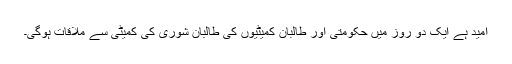
امید ہے ایک دو روز میں حکومتی اور طالبان کمیٹیوں کی طالبان شوریٰ کی کمیٹی سے ملاقات ہوگی۔